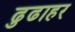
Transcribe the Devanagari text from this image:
ढुढाहर